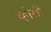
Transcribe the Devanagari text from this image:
व्हीसी